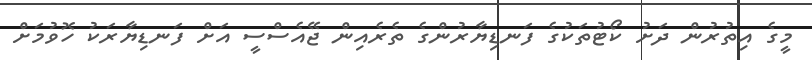
މީގެ އިތުރުން ދަށު ކޯޓުތަކުގެ ފަނޑިޔާރުންގެ ތެރެއިން ޖޭއެސްސީ އަށް ފަނޑިޔާރަކު ހޮވުމަށް